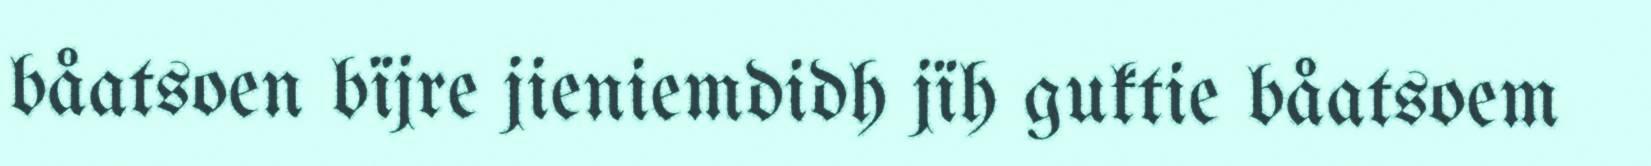
båatsoen bïjre jieniemdidh jïh guktie båatsoem